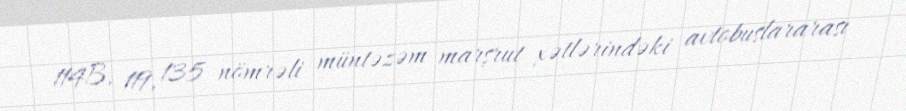
114B, 119, 135 nömrəli müntəzəm marşrut xətlərindəki avtobuslararası